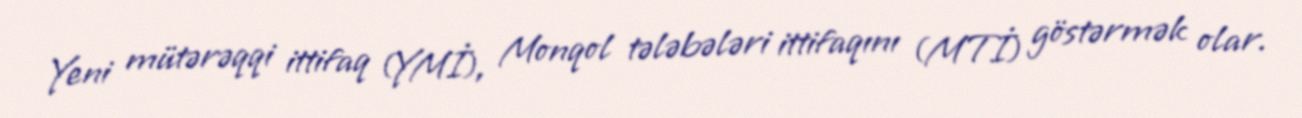
Yeni mütərəqqi ittifaq (YMİ), Monqol tələbələri ittifaqını (MTİ) göstərmək olar.